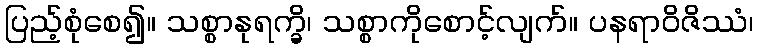
ပြည့်စုံစေ၍။ သစ္စာနုရက္ခိ၊ သစ္စာကိုစောင့်လျက်။ ပနရာဝိဇိဿံ၊